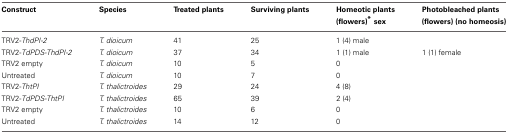
<table><thead><tr><td><b>Construct</b></td><td><b>Species</b></td><td><b>Treated plants</b></td><td><b>Surviving plants</b></td><td><b>Homeotic plants (flowers)<sup>*</sup> sex</b></td><td><b>Photobleached plants (flowers) (no homeosis)</b></td></tr></thead><tbody><tr><td>TRV2-<i>ThdPI-2</i></td><td><i>T. dioicum</i></td><td>41</td><td>25</td><td>1 (4) male</td><td></td></tr><tr><td>TRV2-<i>TdPDS-ThdPI-2</i></td><td><i>T. dioicum</i></td><td>37</td><td>34</td><td>1 (1) male</td><td>1 (1) female</td></tr><tr><td>TRV2 empty</td><td><i>T. dioicum</i></td><td>10</td><td>5</td><td>0</td><td></td></tr><tr><td>Untreated</td><td><i>T. dioicum</i></td><td>10</td><td>7</td><td>0</td><td></td></tr><tr><td>TRV2-<i>ThtPI</i></td><td><i>T. thalictroides</i></td><td>29</td><td>24</td><td>4 (8)</td><td></td></tr><tr><td>TRV2-<i>TdPDS-ThtPI</i></td><td><i>T. thalictroides</i></td><td>65</td><td>39</td><td>2 (4)</td><td></td></tr><tr><td>TRV2 empty</td><td><i>T. thalictroides</i></td><td>10</td><td>6</td><td>0</td><td></td></tr><tr><td>Untreated</td><td><i>T. thalictroides</i></td><td>14</td><td>12</td><td>0</td><td></td></tr></tbody></table>